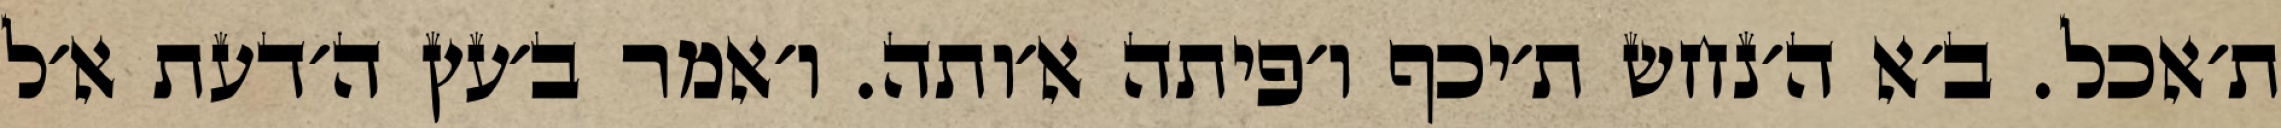
ת׳אכל. ב׳א ה׳נחש ת׳יכף ו׳פיתה א׳ותה. ו׳אמר ב׳עץ ה׳דעת א׳ל